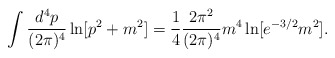
\begin{align*}\int {d^4p\over (2\pi)^4}\ln[p^2+m^2]={1\over 4}{2\pi^2\over(2\pi)^4}m^4\ln[e^{-3/2}m^2].\end{align*}